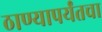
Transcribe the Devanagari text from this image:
ठाण्यापर्यंतचा